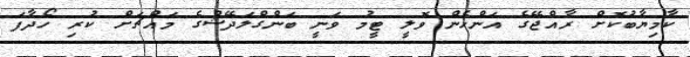
ކާމިޔާބުކޮށް ރާއްޖޭގެ އަންހެން ވޮލީ ޓީމު ވަނީ ބަންގްލަދޭޝްގެ މައްޗަށް ކުރި ހޯދާފަ